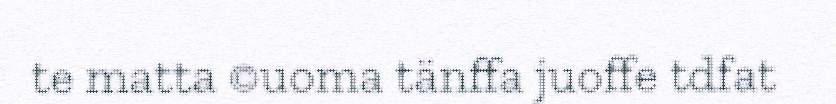
te matta ©uoma tänffa juoffe tdfat